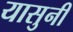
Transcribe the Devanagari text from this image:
यासुनी